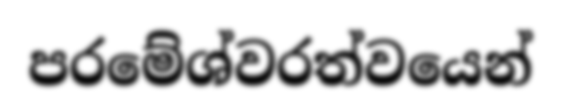
පරමේශ්වරත්වයෙන්